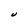
Character: U